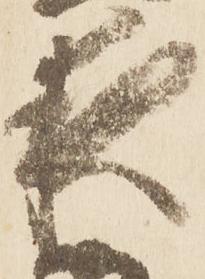
夜